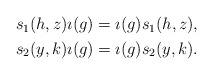
\begin{align*} \begin{aligned} s_1(h,z)\imath(g) & = \imath(g)s_1(h,z),\\ s_2(y,k)\imath(g) & = \imath(g)s_2(y,k). \end{aligned} \end{align*}